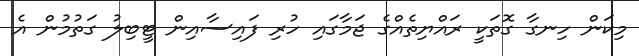
މިކަން ހިނގާ ގޮތަކީ ރައްޔިތެއްގެ ޖަމާގައި ހުރި ފައިސާއިން ޓީބިލު ގަތުމުން އެ